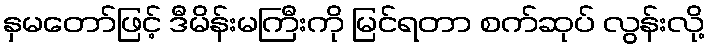
နှမတော်ဖြင့် ဒီမိန်းမကြီးကို မြင်ရတာ စက်ဆုပ် လွန်းလို့